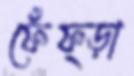
ফেঁফ্ড়া